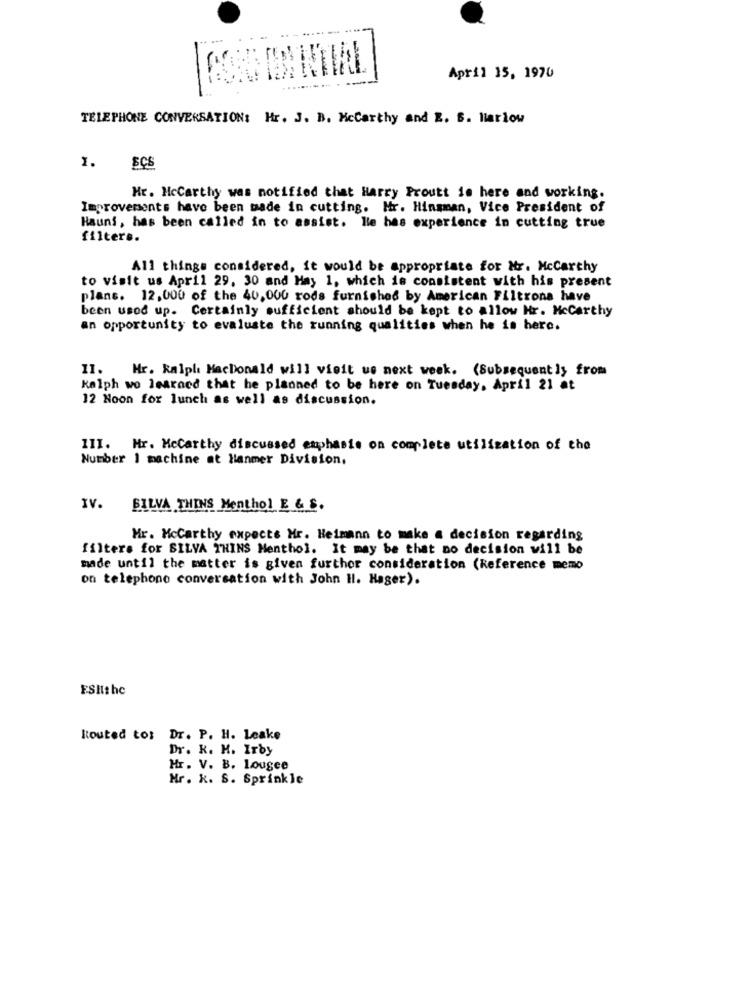
-
April 15, 1970
TELEPHONE CONVERSATION: Hr. J. B. Mccarthy and Z. B. liarlow
1.
SCS
Mr. Mccarthy was notified that Harry Proutt is here and working.
Improvements have been made in cutting. Hr. Hinsman, Vice President of
Hauns, has been called in to assist. He has experience in cutting true
filter ..
All things considered, it would be appropriate for Mr. Mccarthy
to visit us April 29. 30 and May 1, which is consistent with his present
plans. 12.000 of the 40,000 rods furnished by American Filtrona have
been used up. Certainly sufficient should be kept to allow Hr. Mccarthy
an opportunity to evaluate the running qualities when he is here.
11.
Hr. Ralph MacDonald will visit us next week. (Subsequently from
Kalph wo learned that he planned to be here on Tuesday, April 21 at
12 Noon for lunch as well as discussion.
III. Mr. Mccarthy discussed emphasis on complete utilization of the
Number 1 machine at Hanmer Division.
IV.
SILVA THINS Menthol E & S.
Mr. Mccarthy expects Mr. Heimann to make a decision regarding
filters for SILVA THINS Menthol. It may be that no decision will be
made until the matter is given further consideration (Reference memo
on telephone conversation with John Il. Hager).
ESHthe
ktouted to: Dr. P. H. Leake
Dr. K. K. Irby
Hr. V. B. Lougee
Mr. k. S. Sprinkle